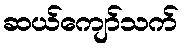
ဆယ်ကျော်သက်